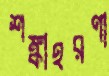
শঙ্কাহরণা